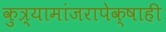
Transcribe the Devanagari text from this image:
कुत्र्यामांजरापेक्षाही